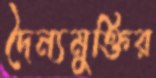
দৈন্যমুক্তির